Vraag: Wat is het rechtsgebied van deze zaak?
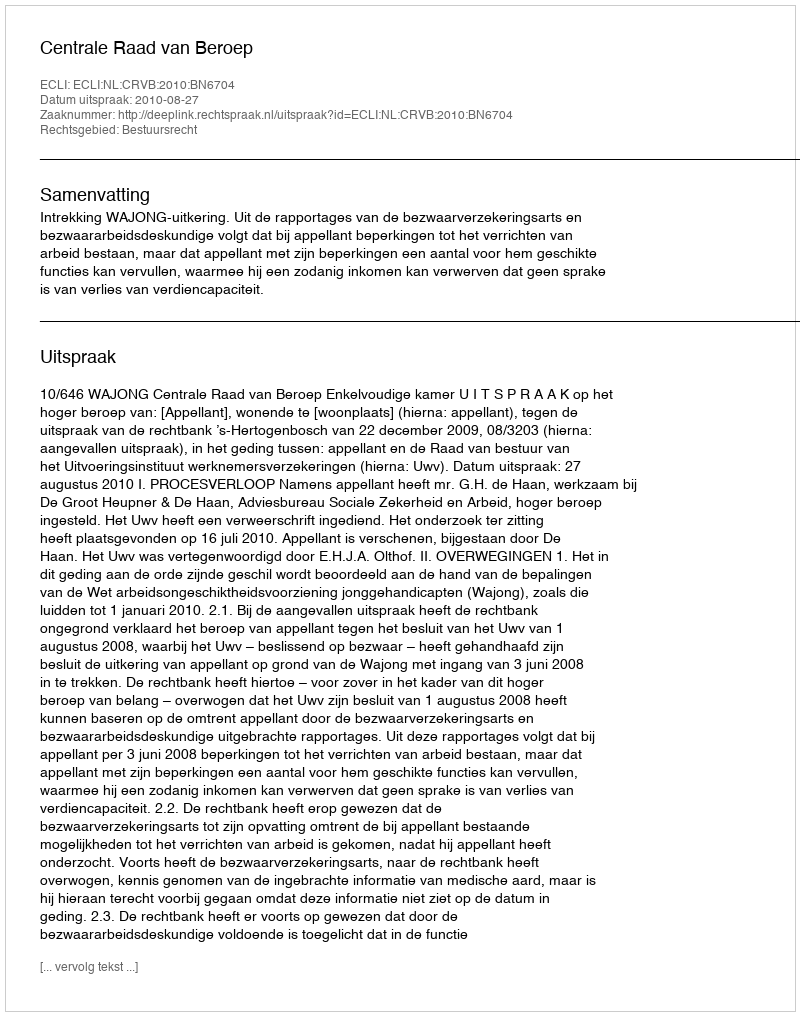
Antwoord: Bestuursrecht